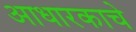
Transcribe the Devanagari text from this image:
आधारकाचे